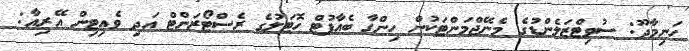
ހަނިމާދޫ: ސުވިޓްޒަލެންޑުގެ މެނޭޖްމަންޓަކުން ހިންގާ ބެއާފުޓް ހޮޓަލުގެ ރެސްޓޯރަންޓް އަދި ވެއިޓިން އޭރިއާ: